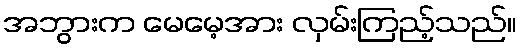
အဘွားက မေမေ့အား လှမ်းကြည့်သည်။